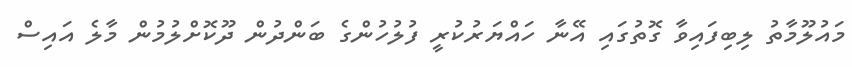
މައުލޫމާތު ލިބިފައިވާ ގޮތުގައި އޭނާ ހައްޔަރުކުރީ ފުލުހުންގެ ބަންދުން ދޫކޮށްލުމުން މާލެ އައިސް